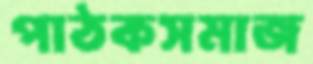
পাঠকসমাজ